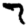
Digit: 7